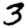
Digit: 3